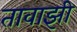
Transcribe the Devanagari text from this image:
तावाझी